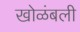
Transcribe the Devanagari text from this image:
खोळंबली